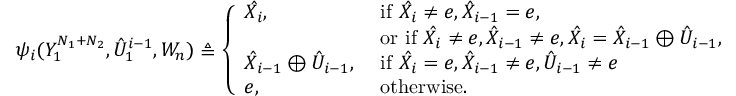
\psi _ { i } ( Y _ { 1 } ^ { N _ { 1 } + N _ { 2 } } , \hat { U } _ { 1 } ^ { i - 1 } , W _ { n } ) \triangleq \left\{ \begin{array} { l l } { \hat { X _ { i } } , } & { \mathrm { ~ i f ~ } \hat { X _ { i } } \neq e , \hat { X } _ { i - 1 } = e , } \\ & { \mathrm { ~ o r ~ i f ~ } \hat { X _ { i } } \neq e , \hat { X } _ { i - 1 } \neq e , \hat { X _ { i } } = \hat { X } _ { i - 1 } \oplus \hat { U } _ { i - 1 } , } \\ { \hat { X } _ { i - 1 } \oplus \hat { U } _ { i - 1 } , } & { \mathrm { ~ i f ~ } \hat { X _ { i } } = e , \hat { X } _ { i - 1 } \neq e , \hat { U } _ { i - 1 } \neq e } \\ { e , } & { \mathrm { ~ o t h e r w i s e . } } \end{array} \right.